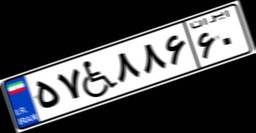
۳۰W۷۰۱۳۰